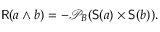
{ \mathsf { R } } ( a \wedge b ) = - { \mathcal { P } } _ { B } ( { \mathsf { S } } ( a ) \times { \mathsf { S } } ( b ) ) .